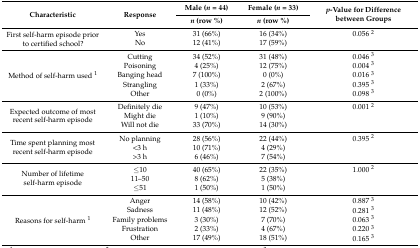
<table><thead><tr><td rowspan="2"><b>Characteristic</b></td><td rowspan="2"><b>Response</b></td><td><b>Male (<i>n</i> = 44)</b></td><td><b>Female (<i>n</i> = 33)</b></td><td rowspan="2"><b><i>p</i>-Value for Difference between Groups</b></td></tr><tr><td><b><i>n</i> (row %)</b></td><td><b><i>n</i> (row %)</b></td></tr></thead><tbody><tr><td rowspan="2">First self-harm episode prior to certified school?</td><td>Yes</td><td>31 (66%)</td><td>16 (34%)</td><td>0.056 <sup>2</sup></td></tr><tr><td>No</td><td>12 (41%)</td><td>17 (59%)</td><td></td></tr><tr><td rowspan="5">Method of self-harm used <sup>1</sup></td><td>Cutting</td><td>34 (52%)</td><td>31 (48%)</td><td>0.046 <sup>3</sup></td></tr><tr><td>Poisoning</td><td>4 (25%)</td><td>12 (75%)</td><td>0.004 <sup>3</sup></td></tr><tr><td>Banging head</td><td>7 (100%)</td><td>0 (0%)</td><td>0.016 <sup>3</sup></td></tr><tr><td>Strangling</td><td>1 (33%)</td><td>2 (67%)</td><td>0.395 <sup>3</sup></td></tr><tr><td>Other</td><td>0 (0%)</td><td>2 (100%)</td><td>0.098 <sup>3</sup></td></tr><tr><td rowspan="3">Expected outcome of most recent self-harm episode</td><td>Definitely die</td><td>9 (47%)</td><td>10 (53%)</td><td>0.001 <sup>2</sup></td></tr><tr><td>Might die</td><td>1 (10%)</td><td>9 (90%)</td><td></td></tr><tr><td>Will not die</td><td>33 (70%)</td><td>14 (30%)</td><td></td></tr><tr><td rowspan="3">Time spent planning most recent self-harm episode</td><td>No planning</td><td>28 (56%)</td><td>22 (44%)</td><td>0.395 <sup>2</sup></td></tr><tr><td>&lt;3 h</td><td>10 (71%)</td><td>4 (29%)</td><td></td></tr><tr><td>&gt;3 h</td><td>6 (46%)</td><td>7 (54%)</td><td></td></tr><tr><td rowspan="3">Number of lifetime self-harm episode</td><td>≤10</td><td>40 (65%)</td><td>22 (35%)</td><td>1.000 <sup>2</sup></td></tr><tr><td>11–50</td><td>8 (62%)</td><td>5 (38%)</td><td></td></tr><tr><td>≤51</td><td>1 (50%)</td><td>1 (50%)</td><td></td></tr><tr><td rowspan="5">Reasons for self-harm <sup>1</sup></td><td>Anger</td><td>14 (58%)</td><td>10 (42%)</td><td>0.887 <sup>3</sup></td></tr><tr><td>Sadness</td><td>11 (48%)</td><td>12 (52%)</td><td>0.281 <sup>3</sup></td></tr><tr><td>Family problems</td><td>3 (30%)</td><td>7 (70%)</td><td>0.063 <sup>3</sup></td></tr><tr><td>Frustration</td><td>2 (33%)</td><td>4 (67%)</td><td>0.220 <sup>3</sup></td></tr><tr><td>Other</td><td>17 (49%)</td><td>18 (51%)</td><td>0.165 <sup>3</sup></td></tr></tbody></table>